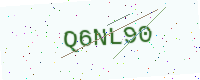
Text: Q6NL90